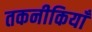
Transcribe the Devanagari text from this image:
तकनीकियाँ